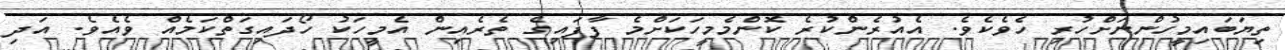
ތިޔަބައިމީހުންނަށްހުރި ހެވެކެވެ. އެއުރެންކުރެ ކޮންމެމީހަކަށްމެ ފާފައިގެ ތެރެއިން އެމީހަކު ހޯދައިގަތްކަމެއް ވެއެވެ. އަދި